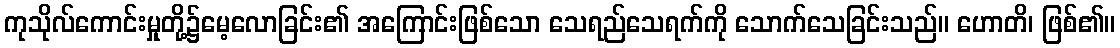
ကုသိုလ်ကောင်းမှုတို့၌မေ့လောခြင်း၏ အကြောင်းဖြစ်သော သေရည်သေရက်ကို သောက်သေခြင်းသည်။ ဟောတိ၊ ဖြစ်၏။